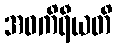
အဝကိရီယတိ